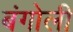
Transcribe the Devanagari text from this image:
बंगोली